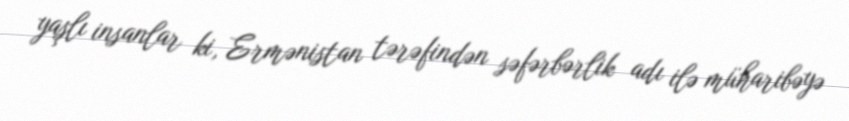
yaşlı insanlar ki, Ermənistan tərəfindən səfərbərlik adı ilə müharibəyə